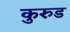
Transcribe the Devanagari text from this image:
कुरुड